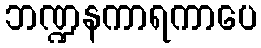
ဘဏ္ဍနကာရကာပေ